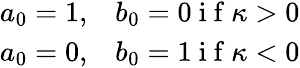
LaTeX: \begin{array}{ll}{a_{0}=1,}&{b_{0}=0\mathrm{~i~f~}\kappa>0}\\ {a_{0}=0,}&{b_{0}=1\mathrm{~i~f~}\kappa<0}\end{array}